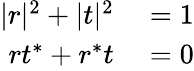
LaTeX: \begin{array}{rl}{|r|^{2}+|t|^{2}}&{{}=1}\\ {rt^{*}+r^{*}t}&{{}=0}\end{array}